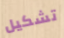
تشكيل